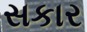
સકાર